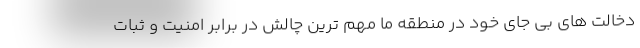
دخالت های بی جای خود در منطقه ما مهم ترین چالش در برابر امنیت و ثبات